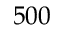
5 0 0